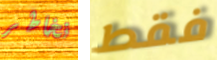
نخاطر فقط